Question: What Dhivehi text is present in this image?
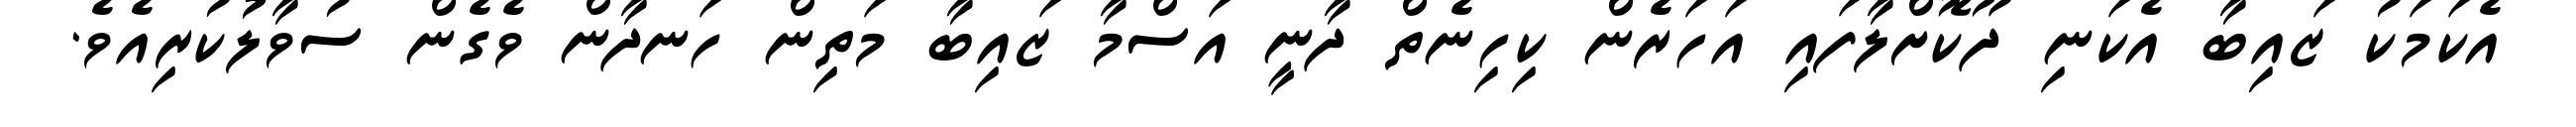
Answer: އެކަމަކު ޒައިބާ އެކަނި ދޫކޮށްލާފައި އަހަރެން ކިހިނެތް ދާނީ އަސްމާ ޒައިބާ މަތިން ހަނދާން ވެގެން ސުވާލުކުރިއެވެ.